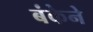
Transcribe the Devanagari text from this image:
बंकेने